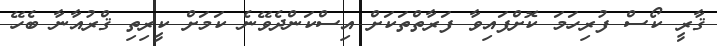
ޤާރީ ކޯސް ފުރިހަމަ ކޮށްފައިވާ ފަރާތްތަކަށް އިސްކަންދެވޭނެ ކަމަށް ކީރިތި ޤްރުއާނާ ބެހޭ